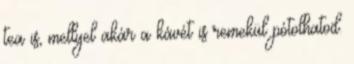
tea is, mellyel akár a kávét is remekül pótolhatod.